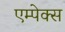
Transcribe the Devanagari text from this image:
एम्पेक्स